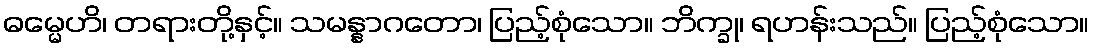
ဓမ္မေဟိ၊ တရားတို့နှင့်။ သမန္နာဂတော၊ ပြည့်စုံသော။ ဘိက္ခု၊ ရဟန်းသည်။ ပြည့်စုံသော။